Vaccine operations Central Provinces 1868-1885 - 1868-1885
Year: 1868
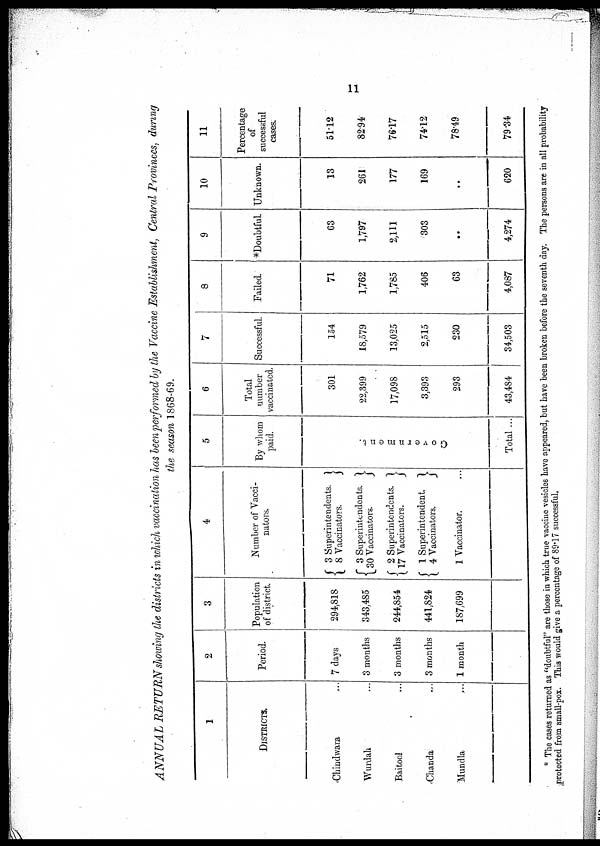
11
ANNUAL RETURN showing the districts in which vaccination has been performed by the Vaccine Establishment, Central Provinces, during
the season 1868-69.
1
DISTRICTS.
Chindwara... ...
Wurdah... ...
Baitool... ...
Chanda... ...
Mundla
2
Period.
7 days
3 months
3 months
3 months
1 month
3
Population
of district.
294,818
343,485
244,854
441,824
187,699
4
Number of Vacci-
nators.
3 Superintendents.
8 Vaccinators.
3 Superintendents.
30 Vaccinators.
2 Superintendents.
17 Vaccinators.
1 Superintendent.
4 Vaccinators.
1 Vaccinator.
5
By whom
paid.
Government.
Total...
6
Total
number
vaccinated.
301
22,399
17,098
3,393
293
43,484
7
Successful.
154
18,579
13,025
2,515
230
34,503
8
Failed.
71
1,762
1,785
406
63
4,087
9
*Doubtful.
63
1,797
2,111
303
...
4,274
10
Unknown.
13
261
177
169
...
620
11
Percentage
successful
cases.
51.12
82.94
76.17
74.12
78.49
79.34
* The cases returned as "doubtful" are those in which true vaccine vesicles have appeared, but have been broken before the seventh day. The persons are in all probability
protected from small-pox. This would give a percentage of 89.17 successful.